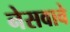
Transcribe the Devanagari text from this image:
नेसवावे